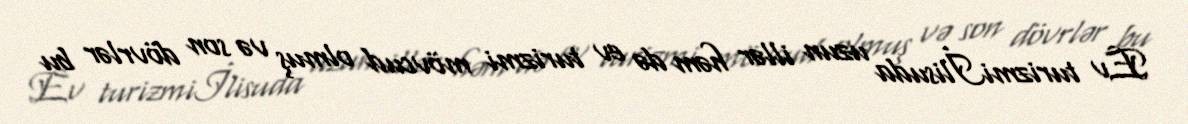
Ev turizmiİlisuda uzun illər həm də ev turizmi mövcud olmuş və son dövrlər bu